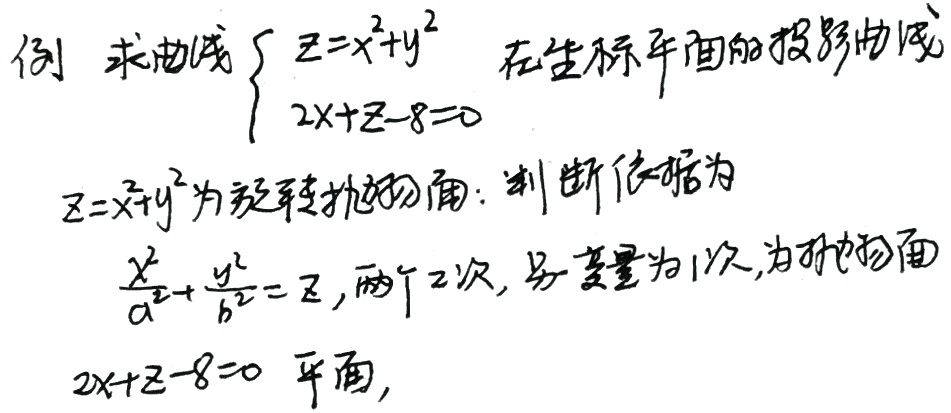
例：求曲线\(\begin{cases}z = x^{2}+y^{2}\\2x + z - 8 = 0\end{cases}\)在坐标平面的投影曲线。

\(z=x^{2}+y^{2}\)为旋转抛物面，判断依据为\(\frac{x^{2}}{a^{2}}+\frac{y^{2}}{b^{2}}=z\)（两个2次，另一个变量为1次，为抛物面），\(2x + z - 8 = 0\)为平面。